Report of the Municipal Commissioner on the plague in Bombay for the year ending 31st May... - Volume 2
Disease focus: Plague
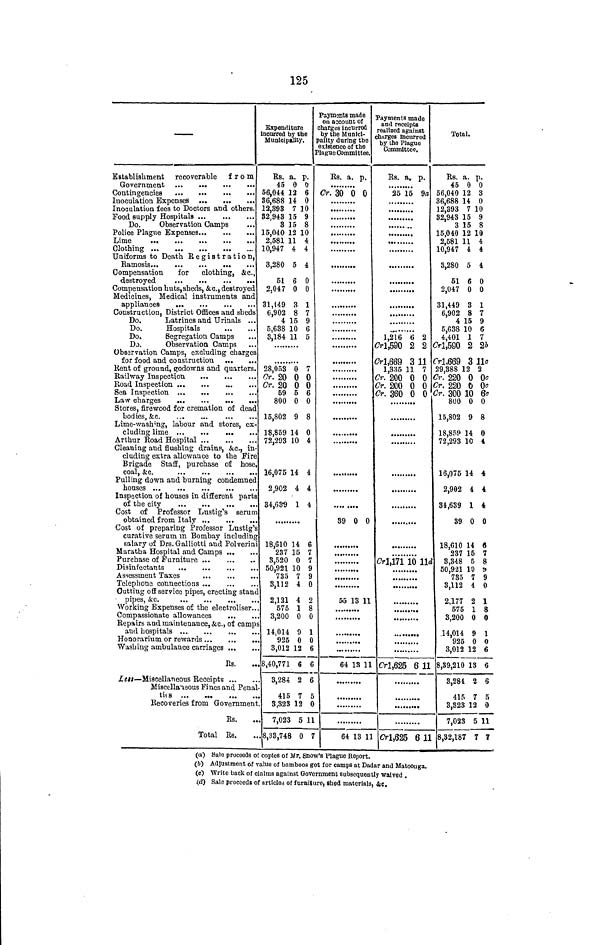
125
Establishment recoverable from
Inoculation Expenses
Inoculation fees to Doctors and others.
Food supply Hospitals
Do.
Observation Camps
Police Plague Expenses
Uniforms to Death Registration,
Compensation
for
clothing, &c.,
Compensation huts,sheds, &c., destroyed
Medicines, Medical instruments and
Construction, District Offices and sheds
Do.
Latrines and Urinals ...
Do.
Hospitals
Do.
Segregation Camps
Do.
Observation Camps
Observation Camps, excluding charges
for food and construction
Kent of ground, godowns and quarters.
Railway Inspection
Road Inspection
Stores, firewood for cremation of dead
bodies, &c
Lime-washing, labour and stores, ex-
Arthur Road Hospital
Cleaning and flushing drains, &c., in-
cluding extra allowance to the Fire
Brigade Staff, purchase of hose
coal, &c.
Pulling down and burning condemned
Inspection of houses in different part
Cost of Professor Lustig's serum
Cost of preparing Professor Lustig's
curative serum in Bombay including
salary of Drs. Galliotti and Polverini
Maratha Hospital and Camps
Purchase of Furniture
Disinfectants
Assessment Taxes
Telephone connections
Cutting off service pipes, erecting stand
pipes, &c.
Working Expenses of the electroliser.
Compassionate allowances
Repairs and maintenance, &c., of camps.
and hospitals
Honorarium or rewards
Washing ambulance carriages ...
Rs.
Less — Miscellaneous Receipts ...
Miscellaneous Fines and Penal
ties
,.
Recoveries from Government
Rs.
Total Rs.
Expenditure
Incurred by the
Municipality. )
I
Rs. a. p.
45 0 0
56,044 12 6
86,688 14 0
12,393 7 10
32,948 15 9
8 15 8
5,040 12 10
2,581 11 4
0,947 4 4
3,280 5 4
51 6 0
2.047 0 0
31,449 3 1
6,902 8 7
4 15 9
5,638 10 6
3,184 11 5
28,053 0 7
Or. 20 0 0
Cr. 20 0 0
59 5 6
800 0 0
15,802 9 8
18,859 14 0
72,293 10 4
16,075 14 4
2,902 4 4
34,639 1 4
18,610 14 6
237 15 7
3,520 0 7
50,921 10 9
735 7 9
3,112 4 0
2,121 4 2
575 1 8
3,200 0 0
14,014 9 1
925 0 (
3,012 12 6
8,40,771 6 6
3,284 2 6
415 7 5
3,323 12 0
7,023 5 1
8,33,748 0
Payments made
on account of
charges incurred
by the Munici-
pality during the
existence of the
Plague Committee.
Rs. a. p.
Cr. 30 0 0
89 0 0
55 13 11
64 13 11
64 13 11
(a) Sale proceeds of copies of Mr. Snow's Plague Report.
Payments made
and receipts
realized against
charges incurred
by the Plague
Rs. a. p.
25 15 9a
1,216 6 2
Cr1,590 2 2
01,689 3 11
1,835 11 7
Cr. 200 0 0
Cr. 200 0 0
Cr. 360 0 0
Cr 1, 171 10 11d
Cr1,625 6 11
Cr1,625 611
Total.
Rs. a. p.
45 0 0
56,040 12 3
36,688 14 0
12,393 7 10
82,943 15 9
3 15 8
15,040 12 10
2,581 11 4
10,947 4 4
3,280 5 4
51 6 0
2,047 0 0
31,449 3 1
6,902 8 7
4 15 9
5,638 10 6
4,401 1 7
Cr1,590 2 2b
Cr1,669 3 11c
29,388 12 2
Cr. 220 0 0c
Cr. 220 0 0o
Cr. 300 10 6o
800 0 0
15,802 9 8
18,859 14 0
72,293 10 1
16,075 14 4
2,902 4 4
34,639 1 4
39 0 0
18,610 14 ft
237 15 7
3,348 5 8
50,921 10 *
785 7 9
3,112 4 0
2,177 2 1
575 1 8
3,200 0 0
14,014 9 1
925 0 0
3,012 12 6
8,39,210 13 6
3,284 2 6
415 7 5
3,323 12 0
7,023 5 11
8,32,187 7 7
(&) Adjustment of value of bamboos got for camps at Dadar and Matoonga.
(c) Write back of claims against Government subsequently waived .
(d) Sale proceeds of articles of furniture, shed materials, &c.